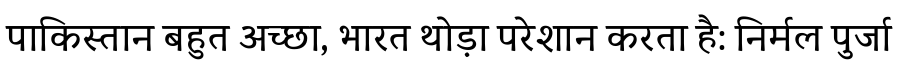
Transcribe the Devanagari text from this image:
पाकिस्तान बहुत अच्छा, भारत थोड़ा परेशान करता है: निर्मल पुर्जा